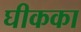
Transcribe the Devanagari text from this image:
घीकका